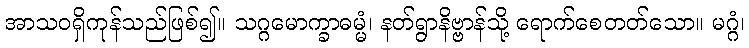
အာသဝရှိကုန်သည်ဖြစ်၍။ သဂ္ဂမောက္ခာဓမ္မံ၊ နတ်ရွာနိဗ္ဗာန်သို့ ရောက်စေတတ်သော။ မဂ္ဂံ၊